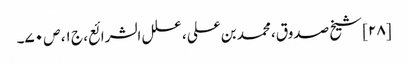
[۲۸] شیخ صدوق، محمد بن علی، علل الشرائع، ج ۱، ص ۷۰۔